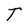
Character: T